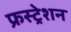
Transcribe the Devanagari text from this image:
फ्रस्ट्रेशन